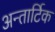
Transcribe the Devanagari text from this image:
अन्तार्टिक